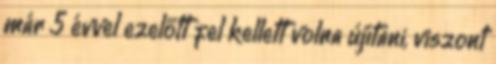
már 5 évvel ezelőtt fel kellett volna újítani, viszont